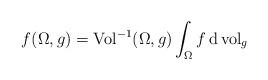
LaTeX: \begin{align*} f({\Omega}, g) = {\rm Vol}^{-1}({\Omega}, g) \int_{\Omega} f\,{\rm d}\,{\rm vol}_g\end{align*}